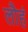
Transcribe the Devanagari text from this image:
लौहं